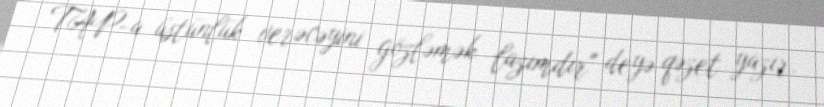
TAP-a üstünlük verəcəyini gözləmək lazımdır" deyə qəzet yazır.